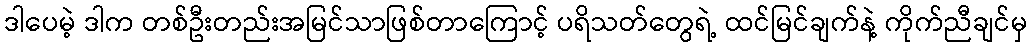
ဒါပေမဲ့ ဒါက တစ်ဦးတည်းအမြင်သာဖြစ်တာကြောင့် ပရိသတ်တွေရဲ့ ထင်မြင်ချက်နဲ့ ကိုက်ညီချင်မှ